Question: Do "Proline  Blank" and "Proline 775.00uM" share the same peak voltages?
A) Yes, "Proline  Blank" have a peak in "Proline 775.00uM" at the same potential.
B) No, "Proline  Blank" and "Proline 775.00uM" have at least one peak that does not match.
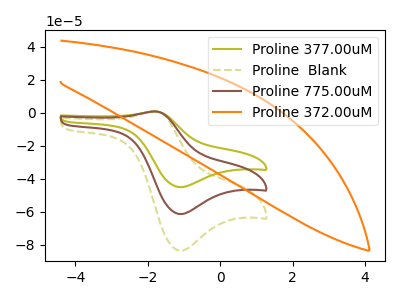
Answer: <think>The olive curve "Proline 377.00uM" has an anodic peak at (-1.80V, 1.75uA) and a cathodic peak at (-1.10V, -122.75uA). The olive dashed curve "Proline  Blank" has an anodic peak at (-1.80V, 1.20uA) and a cathodic peak at (-1.10V, -83.60uA). The brown curve "Proline 775.00uM" has an anodic peak at (-1.80V, 0.85uA) and a cathodic peak at (-1.10V, -61.35uA). The orange curve "Proline 372.00uM" has no peaks.</think>
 <answer>A) Yes, "Proline  Blank" have a peak in "Proline 775.00uM" at the same potential.</answer>
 <eval>A</eval>